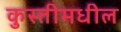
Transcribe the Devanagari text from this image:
कुस्तीमधील